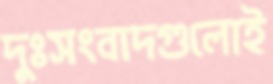
দুঃসংবাদগুলোই